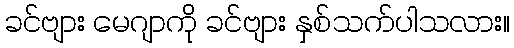
ခင်ဗျား မေဂျာကို ခင်ဗျား နှစ်သက်ပါသလား။